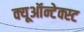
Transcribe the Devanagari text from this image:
क्यूऑन्टेक्स्ट